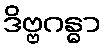
ဒိဗ္ဗဂန္ဓာ